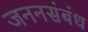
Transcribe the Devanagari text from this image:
जननसंबंध